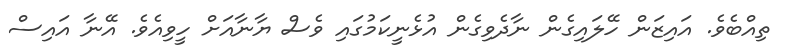
ތިއްބެވެ. އައިޒަން ހޭލައިގެން ނާދެވިގެން އުޅެނީކަމުގައި ވެސް ޔާނާއަށް ހީވިއެވެ. އޭނާ އައިސް